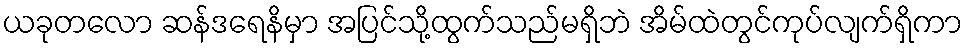
ယခုတလော ဆန်ဒရေနိမှာ အပြင်သို့ထွက်သည်မရှိဘဲ အိမ်ထဲတွင်ကုပ်လျက်ရှိကာ